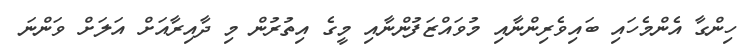
ހިންގާ އެންމެހައި ބައިވެރިންނާއި މުވައްޒަފުންނާއި މީގެ އިތުރުން މި ދާއިރާއަށް އަލަށް ވަންނަ